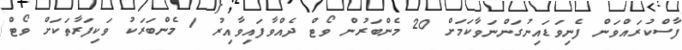
ފާސްކުރައްވަން ފެނިވަޑައިނުގަންނަވާކަމަށް 20 މެންބަރުން ވޯޓް ދެއްވާފައިވާއިރު 1 މެންބަރަކު ވަކިފަރާތަކަށް ވޯޓް